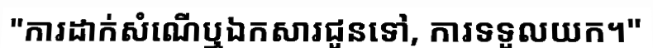
"ការដាក់សំណើឬឯកសារជូនទៅ, ការទទួលយក។"